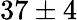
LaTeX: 37\pm 4